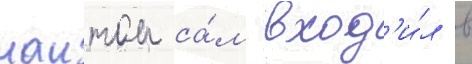
наитом са́м вход'и́л в